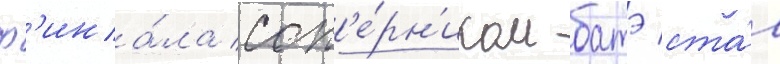
ф'ина́ла соп'е́рн'иком батэ ста́л